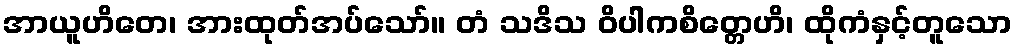
အာယူဟိတေ၊ အားထုတ်အပ်သော်။ တံ သဒိသ ဝိပါကစိတ္တေဟိ၊ ထိုကံနှင့်တူသော